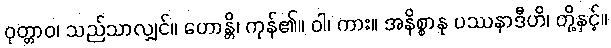
ဝုတ္တာဝ၊ သည်သာလျှင်။ ဟောန္တိ၊ ကုန်၏။ ဝါ၊ ကား။ အနိစ္စာနု ပဿနာဒီဟိ၊ တို့နှင့်။